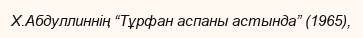
Х.Абдуллиннің “Тұрфан аспаны астында” (1965),